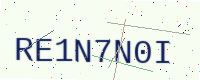
Text: RE1N7N0I